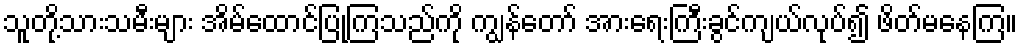
သူတို့သားသမီးများ အိမ်ထောင်ပြုကြသည်ကို ကျွန်တော် အားရေးကြီးခွင်ကျယ်လုပ်၍ ဖိတ်မနေကြ။